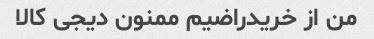
من از خریدراضیم ممنون دیجی کالا